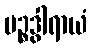
ပဉ္စဒွါရာယံ